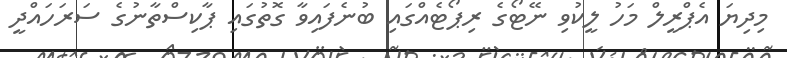
މިދިޔަ އެޕްރީލް މަހު ލީކުވި ނޭޓޯގެ ރިޕޯޓެއްގައި ބުނެފައިވާ ގޮތުގައި ޕާކިސްތާނުގެ ސަރަހައްދީ